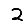
Digit: 2